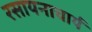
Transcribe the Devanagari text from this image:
रसायनाचार्य